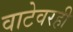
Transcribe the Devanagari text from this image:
वाटेवरही